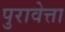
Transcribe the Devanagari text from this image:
पुरावेत्ता